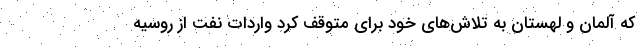
که آلمان و لهستان به تلاش‌های خود برای متوقف کرد واردات نفت از روسیه